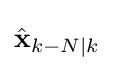
{\hat {\mathbf {x} }}_{k-N\mid k}